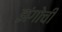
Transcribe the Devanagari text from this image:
झंगोची